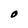
Character: O